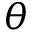
\theta